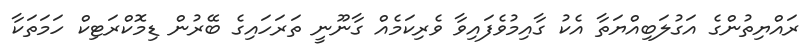
ރައްޔިތުންގެ އަގުލަބިއްޔަތާ އެކު ގާއިމުވެފައިވާ ވެރިކަމެއް ގާނޫނީ ތަރަހައިގެ ބޭރުން ޑިމޮކްރަޓިކް ހަމަތަކާ